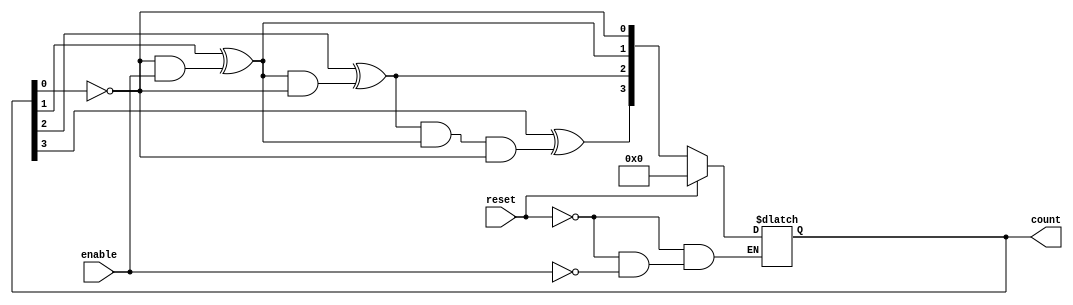
module async_counter (
    input wire enable,       // Enable signal
    input wire reset,        // Asynchronous reset signal
    output reg [3:0] count   // 4-bit counter output
);

// Asynchronous reset and counting logic
always @(*) begin
    if (reset) begin
        count = 4'b0000; // Reset counter to zero
    end else if (enable) begin
        // Count logic: increment the counter
        count[0] = ~count[0]; // Toggle LSB
        count[1] = count[1] ^ (count[0] & enable); // Toggle next bit if LSB was 0
        count[2] = count[2] ^ (count[1] & count[0]); // Toggle next bit if previous bit was 0
        count[3] = count[3] ^ (count[2] & count[1] & count[0]); // Toggle MSB if all previous bits were 0
    end
end

endmodule